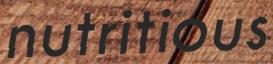
nutritious